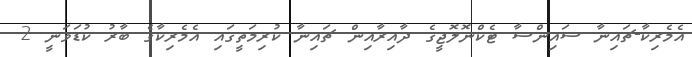
އެމެރިކާ-ޗައިނާ ސައިންސާ ޓެކްނޮލޮޖީގެ ދާއިރާއިން ޗައިނާ ކުރިމަތީގައި އެމެރިކާގެ ބާރު ކުޑަވަނީ 2